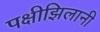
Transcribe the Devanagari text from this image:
पक्षीझिलानी